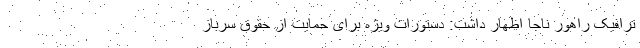
ترافیک راهور ناجا اظهار داشت: دستورات ویژه برای حمایت از حقوق سرباز